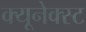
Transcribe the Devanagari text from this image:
क्यूनेक्स्ट